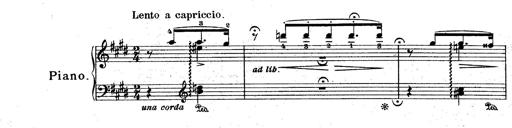
Title: Le rossignol
Composer: Franz Liszt